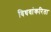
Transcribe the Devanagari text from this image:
विधवांकरिता